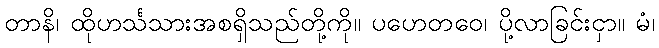
တာနိ၊ ထိုဟင်္သသားအစရှိသည်တို့ကို။ ပဟေတဝေ၊ ပို့လာခြင်းငှာ။ မံ၊